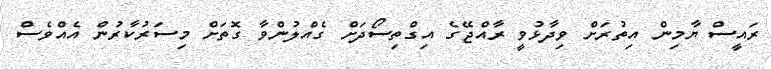
ރައީސް ޔާމިން އިތުރަށް ވިދާޅުވީ ރާއްޖޭގެ އިގްތިސޯދަށް ގެއްލުންވާ ގޮތަށް މިސަރުކާރުން އެއްވެސް